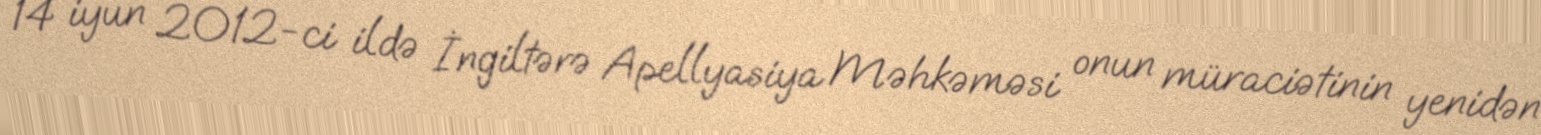
14 iyun 2012-ci ildə İngiltərə Apellyasiya Məhkəməsi onun müraciətinin yenidən